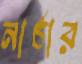
নার্চার